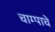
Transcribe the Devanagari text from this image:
चाम्पाचे